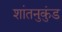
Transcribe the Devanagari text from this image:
शांतनुकुंड